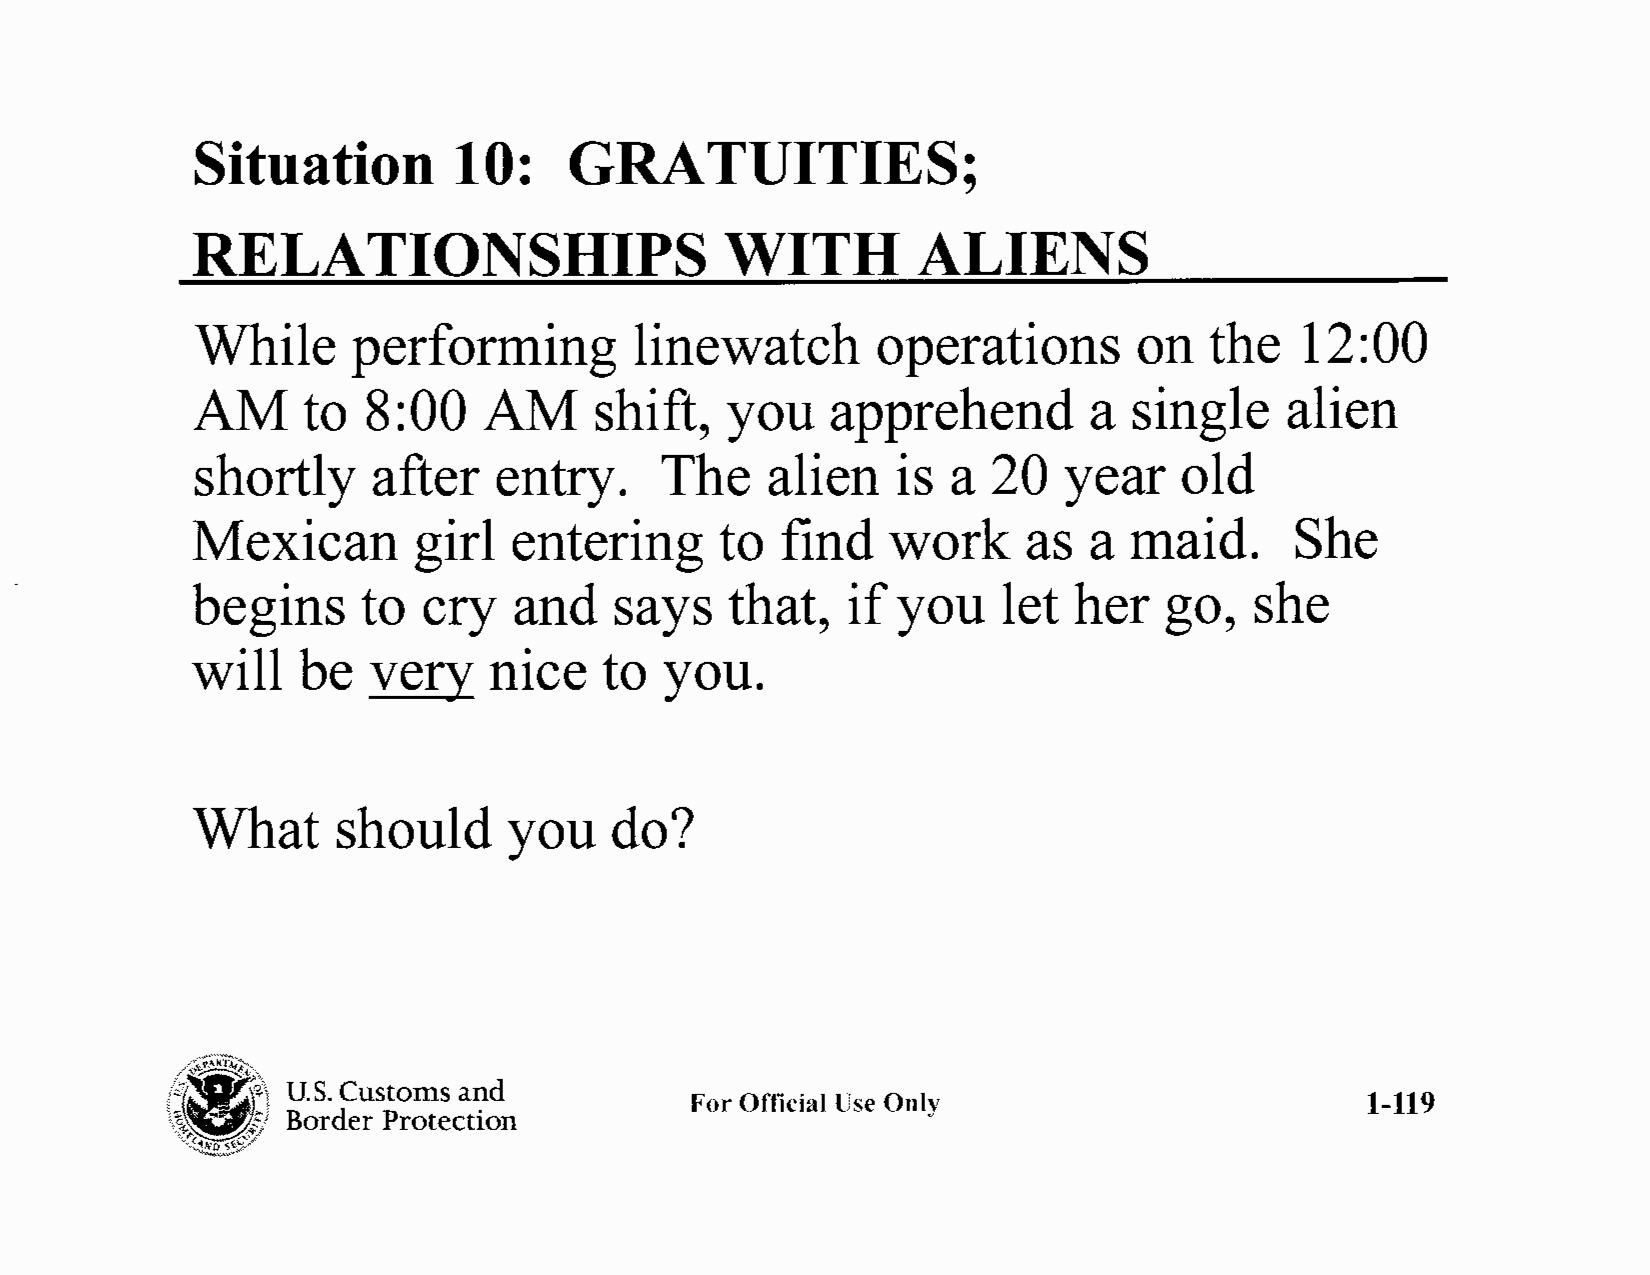
Situation        10:     GRATUITIES;
 RELATIONSHIPS                      WITH         ALIENS
 While     performing         linewatch       operations       on   the   12:00
 AM     to  8:00    AM     shift,   you    apprehend        a  single    alien
 shortly     after   entry.     The    alien   is  a  20  year    old
 Mexican       girl   entering      to  find   work     as  a  maid.      She
 begins     to  cry   and    says   that,   if you    let  her   go,   she
 will   be  very    nice    to  you.
 What     should     you    do?
 \/.--¢;~)
 f?:  "i) U.S. Customs and
 For Official Use Only                       1-119
 Border Protection
 'o"'t'(iNo st'-'\t